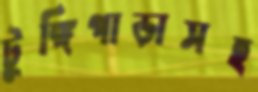
টুঙ্গিপাড়াসহ